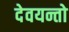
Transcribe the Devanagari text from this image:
देवयन्तो